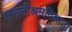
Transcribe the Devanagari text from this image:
जननीश्रमविज्ञाता